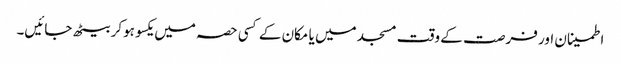
اطمینان اور فرصت کے وقت مسجد میں یا مکان کے کسی حصہ میں یکسو ہوکر بیٹھ جائیں۔